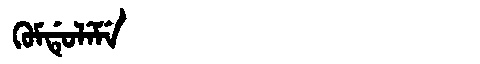
Manchu: ᡴᡠᠮᡩᡠᠯᡝᠮᡝ
Romanization: KUMDULEME